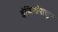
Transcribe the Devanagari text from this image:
इंजिनांपासून